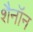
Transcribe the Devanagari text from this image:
शैनॉन